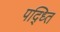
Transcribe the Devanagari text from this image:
पद्ध्ति